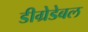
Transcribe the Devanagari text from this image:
डीग्रेडेबल